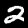
Label: 2